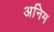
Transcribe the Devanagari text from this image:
अनिम